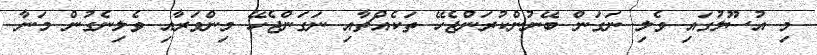
މި އުސޫލުގައި ވެލި ނަގަން ބޭނުންކުރަންޖެހޭ ތަކެއްޗާއި ނަގަންޖެހޭ މިންވަރާއި ވެލިނެގުން މަނާ